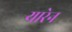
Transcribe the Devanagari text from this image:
यारेन